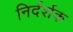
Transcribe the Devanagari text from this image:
निर्दर्शक